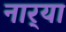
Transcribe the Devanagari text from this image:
नार्‍या